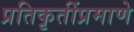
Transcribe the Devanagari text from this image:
प्रतिकृतींप्रमाणे